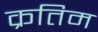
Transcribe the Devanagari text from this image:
क्रतिम